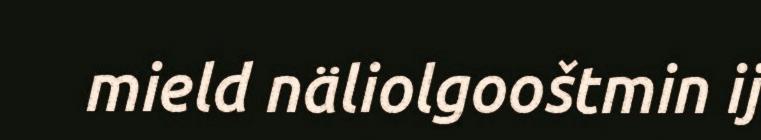
mield näliolgooštmin ij